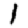
Digit: 1